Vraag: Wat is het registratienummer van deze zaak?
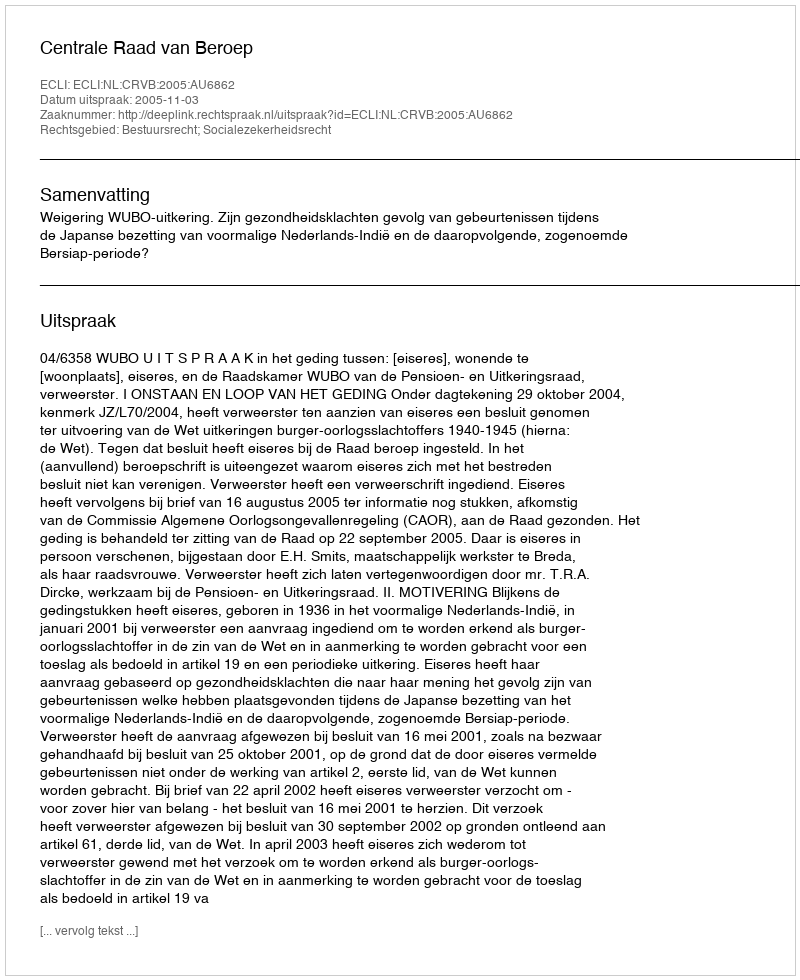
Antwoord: http://deeplink.rechtspraak.nl/uitspraak?id=ECLI:NL:CRVB:2005:AU6862